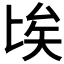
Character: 𠤘